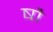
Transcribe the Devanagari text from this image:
षौ